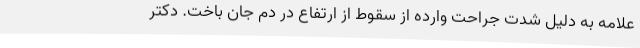
علامه به دلیل شدت جراحت وارده از سقوط از ارتفاع در دم جان باخت. دکتر